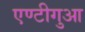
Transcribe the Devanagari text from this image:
एण्टीगुआ